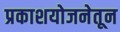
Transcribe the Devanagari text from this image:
प्रकाशयोजनेतून